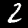
Digit: 2